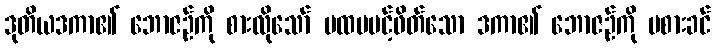
ဒုတိယဒကာ၏ ဘောဇဉ်ကို စားလိုသော် ပထမပင့်ဖိတ်သော ဒကာ၏ ဘောဇဉ်ကို မစားခင်